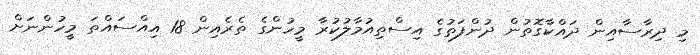
މި ދިރާސާއިން ދައްކާގޮތުން ދުންފަތުގެ އިސްތިއުމާލުކުރާ މީހުންގެ ތެރެއިން 18 އިއްސައްތަ މީހުންނަށް